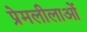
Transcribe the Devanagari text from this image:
प्रेमलीलाओं